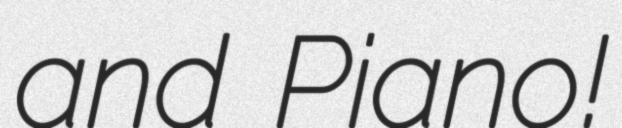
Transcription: and Piano!